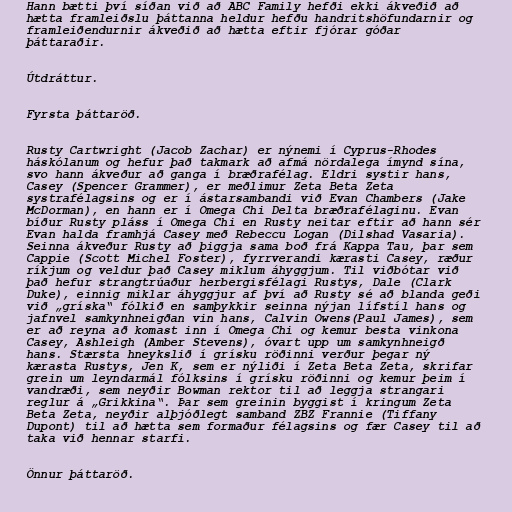
Hann bætti því síðan við að ABC Family hefði ekki ákveðið að
hætta framleiðslu þáttanna heldur hefðu handritshöfundarnir og
framleiðendurnir ákveðið að hætta eftir fjórar góðar
þáttaraðir.

Útdráttur.

Fyrsta þáttaröð.

Rusty Cartwright (Jacob Zachar) er nýnemi í Cyprus-Rhodes
háskólanum og hefur það takmark að afmá nördalega ímynd sína,
svo hann ákveður að ganga í bræðrafélag. Eldri systir hans,
Casey (Spencer Grammer), er meðlimur Zeta Beta Zeta
systrafélagsins og er í ástarsambandi við Evan Chambers (Jake
McDorman), en hann er í Omega Chi Delta bræðrafélaginu. Evan
bíður Rusty pláss í Omega Chi en Rusty neitar eftir að hann sér
Evan halda framhjá Casey með Rebeccu Logan (Dilshad Vasaria).
Seinna ákveður Rusty að þiggja sama boð frá Kappa Tau, þar sem
Cappie (Scott Michel Foster), fyrrverandi kærasti Casey, ræður
ríkjum og veldur það Casey miklum áhyggjum. Til viðbótar við
það hefur strangtrúaður herbergisfélagi Rustys, Dale (Clark
Duke), einnig miklar áhyggjur af því að Rusty sé að blanda geði
við „gríska“ fólkið en samþykkir seinna nýjan lífstíl hans og
jafnvel samkynhneigðan vin hans, Calvin Owens(Paul James), sem
er að reyna að komast inn í Omega Chi og kemur besta vinkona
Casey, Ashleigh (Amber Stevens), óvart upp um samkynhneigð
hans. Stærsta hneykslið í grísku röðinni verður þegar ný
kærasta Rustys, Jen K, sem er nýliði í Zeta Beta Zeta, skrifar
grein um leyndarmál fólksins í grísku röðinni og kemur þeim í
vandræði, sem neyðir Bowman rektor til að leggja strangari
reglur á „Grikkina“. Þar sem greinin byggist í kringum Zeta
Beta Zeta, neyðir alþjóðlegt samband ZBZ Frannie (Tiffany
Dupont) til að hætta sem formaður félagsins og fær Casey til að
taka við hennar starfi.

Önnur þáttaröð.